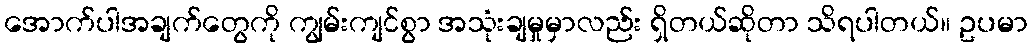
အောက်ပါအချက်တွေကို ကျွမ်းကျင်စွာ အသုံးချမှုမှာလည်း ရှိတယ်ဆိုတာ သိရပါတယ်။ ဥပမာ